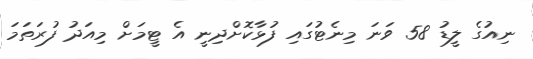
ނިއުގެ ލީޑު 58 ވަނަ މިނެޓުގައި ފުޅާކޮށްދިނީ އެ ޓީމަށް މިއަދު ފުރަތަމަ